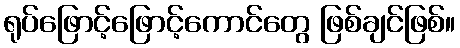
ရုပ်ဖြောင့်ဖြောင့်ကောင်တွေ ဖြစ်ချင်ဖြစ်။